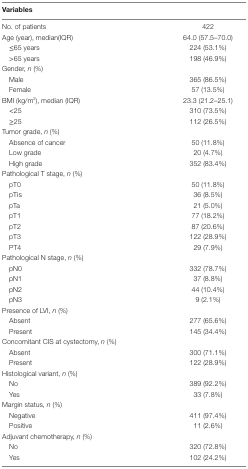
| Variables |  |
 | --- | --- |
 | No. of patients | 422 |
 | Age (year), median(IQR) | 64.0 (57.5–70.0) |
 | ≤65 years | 224 (53.1%) |
 | >65 years | 198 (46.9%) |
 | Gender, n (%) |  |
 | Male | 365 (86.5%) |
 | Female | 57 (13.5%) |
 | BMI (kg/m2), median (IQR) | 23.3 (21.2–25.1) |
 | <25 | 310 (73.5%) |
 | ≥25 | 112 (26.5%) |
 | Tumor grade, n (%) |  |
 | Absence of cancer | 50 (11.8%) |
 | Low grade | 20 (4.7%) |
 | High grade | 352 (83.4%) |
 | Pathological T stage, n (%) |  |
 | pT0 | 50 (11.8%) |
 | pTis | 36 (8.5%) |
 | pTa | 21 (5.0%) |
 | pT1 | 77 (18.2%) |
 | pT2 | 87 (20.6%) |
 | pT3 | 122 (28.9%) |
 | PT4 | 29 (7.9%) |
 | Pathological N stage, n (%) |  |
 | pN0 | 332 (78.7%) |
 | pN1 | 37 (8.8%) |
 | pN2 | 44 (10.4%) |
 | pN3 | 9 (2.1%) |
 | Presence of LVI, n (%) |  |
 | Absent | 277 (65.6%) |
 | Present | 145 (34.4%) |
 | Concomitant CIS at cystectomy, n (%) |  |
 | Absent | 300 (71.1%) |
 | Present | 122 (28.9%) |
 | Histological variant, n (%) |  |
 | No | 389 (92.2%) |
 | Yes | 33 (7.8%) |
 | Margin status, n (%) |  |
 | Negative | 411 (97.4%) |
 | Positive | 11 (2.6%) |
 | Adjuvant chemotherapy, n (%) |  |
 | No | 320 (72.8%) |
 | Yes | 102 (24.2%) |